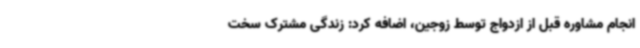
انجام مشاوره قبل از ازدواج توسط زوجین، اضافه کرد: زندگی مشترک سخت